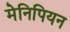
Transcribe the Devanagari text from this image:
मेनिपियन